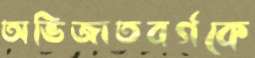
অভিজাতবর্গকে